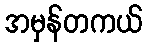
အမှန်တကယ်